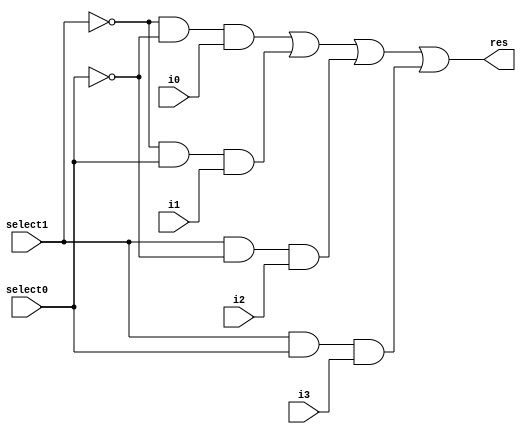
module mux1_2(res, i0, i1, i2, i3, select1, select0);
	input i0, i1, i2, i3, select1, select0;
	output res;
	
	wire nSelect0, nSelect1;
	wire [3:0] ands;
	
	not n0(nSelect0, select0);
	not n1(nSelect1, select1);
	
	and a0(ands[0], nSelect1, nSelect0, i0);
	and a1(ands[1], nSelect1, select0, i1);
	and a2(ands[2], select1, nSelect0, i2);
	and a3(ands[3], select1, select0, i3);
	
	or result(res, ands[0], ands[1], ands[2], ands[3]);

endmodule